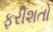
ફરીશતો